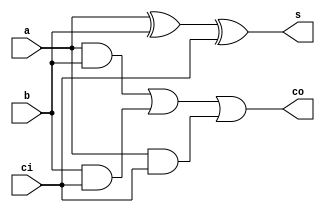
`timescale 1ns / 1ps
//////////////////////////////////////////////////////////////////////////////////
// Company: 
// Engineer: 
// 
// Design Name: 
// Module Name: adder_1bit
// Project Name: 
// Target Devices: 
// Tool Versions: 
// Description: 
// 
// Dependencies: 
// 
// Revision:
// Revision 0.01 - File Created
// Additional Comments:
// 
//////////////////////////////////////////////////////////////////////////////////


module adder_1bit(
    input a,
    input b,
    input ci,
    output s,
    output co
    );
    wire s1, c1, c2, c3;
    and (c1, a, b),
        (c2, b, ci),
        (c3, a, ci);
        
    xor (s1, a, b),
        (s, s1, ci);
        
    or (co, c1, c2, c3);
endmodule